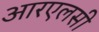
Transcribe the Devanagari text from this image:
आरएलसी